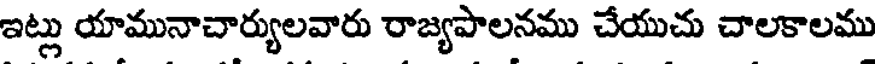
ఇట్లు యామునాచార్యులవారు రాజ్యపాలనము చేయుచు చాలకాలము